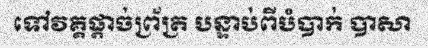
ទៅវគ្គផ្តាច់ព្រ័ត្រ បន្ទាប់ពីបំបាក់ បាសា